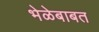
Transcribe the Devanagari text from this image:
भेळेबाबत